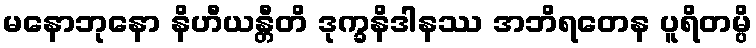
မနောဘုနော နိဟီယန္တီတိ ဒုက္ခနိဒါနဿ အဘိရတေန ပူရိတမ္ပိ